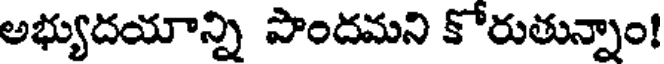
అభ్యుదయాన్ని పొందమని కోరుతున్నాం!